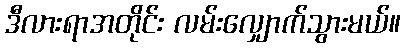
ဒီလားရာအတိုင်း လမ်းလျှောက်သွားမယ်။